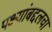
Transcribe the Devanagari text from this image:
पक्ष्यांबद्दलचा